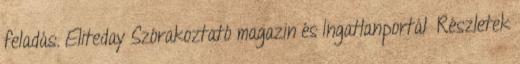
feladás. Eliteday Szórakoztató magazin és Ingatlanportál Részletek